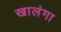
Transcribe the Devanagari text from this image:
खालंगा